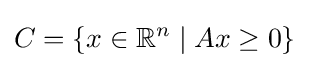
C=\{x\in \mathbb {R} ^{n}\mid Ax\geq 0\}